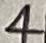
Text: 4